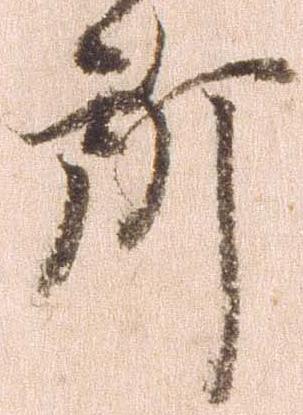
所